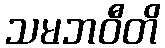
သမဘဝီတိ